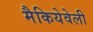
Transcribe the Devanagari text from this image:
मैकियेवेली